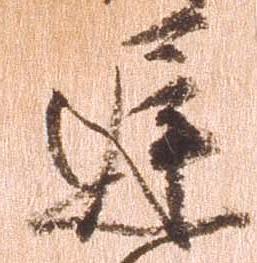
遅